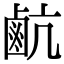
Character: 䴚